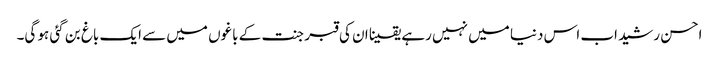
احسن رشید اب اس دنیا میں نہیں رہے یقینا ان کی قبر جنت کے باغوں میں سے ایک باغ بن گئی ہو گی۔